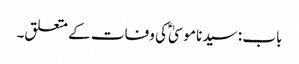
باب : سیدنا موسیٰؑ کی وفات کے متعلق۔